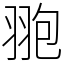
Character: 䎂